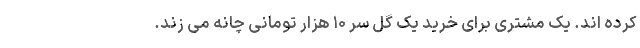
کرده اند. یک مشتری برای خرید یک گل سر ۱۰ هزار تومانی چانه می زند.